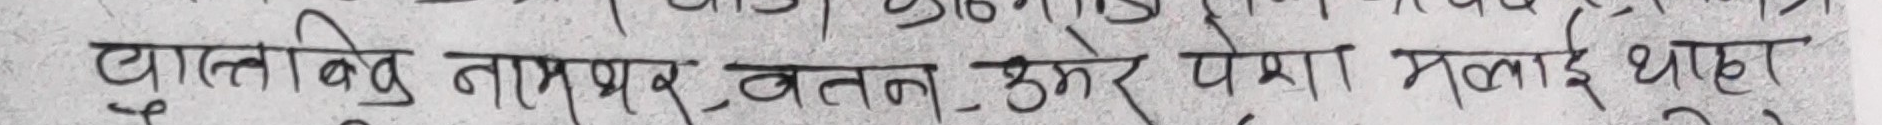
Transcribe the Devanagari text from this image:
ढाल्लिबिनु ताम्रपत्र, वतन उठेर पेशा मलाई थाहा